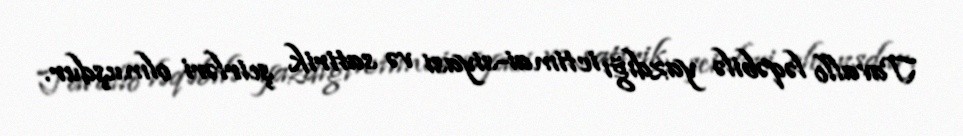
Tavallo ləqəbilə yazdığı ictimai-siyasi və satirik şeirləri olmuşdur.